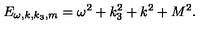
E _ { \omega , k , k _ { 3 } , m } = \omega ^ { 2 } + k _ { 3 } ^ { 2 } + k ^ { 2 } + M ^ { 2 } .